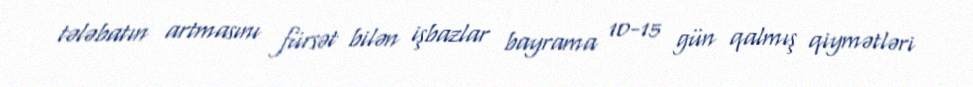
tələbatın artmasını fürsət bilən işbazlar bayrama 10-15 gün qalmış qiymətləri